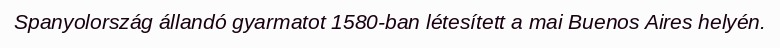
Spanyolország állandó gyarmatot 1580-ban létesített a mai Buenos Aires helyén.